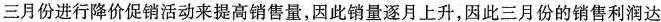
三月份进行降价促销活动来提高销售量，因此销量逐月上升，因此三月份的销售利润达